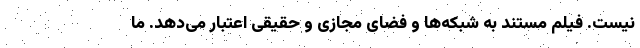
نیست. فیلم مستند به شبکه‌ها و فضای مجازی و حقیقی اعتبار می‌دهد. ما